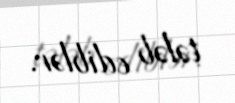
tələb ediblər.